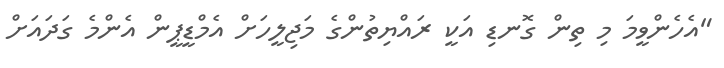
"އެހެންވީމަ މި ތިން ގޮނޑި އަކީ ރައްޔިތުންގެ މަޖިލީހަށް އެމްޑީޕީން އެންމެ ގަދައަށް